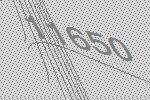
11650